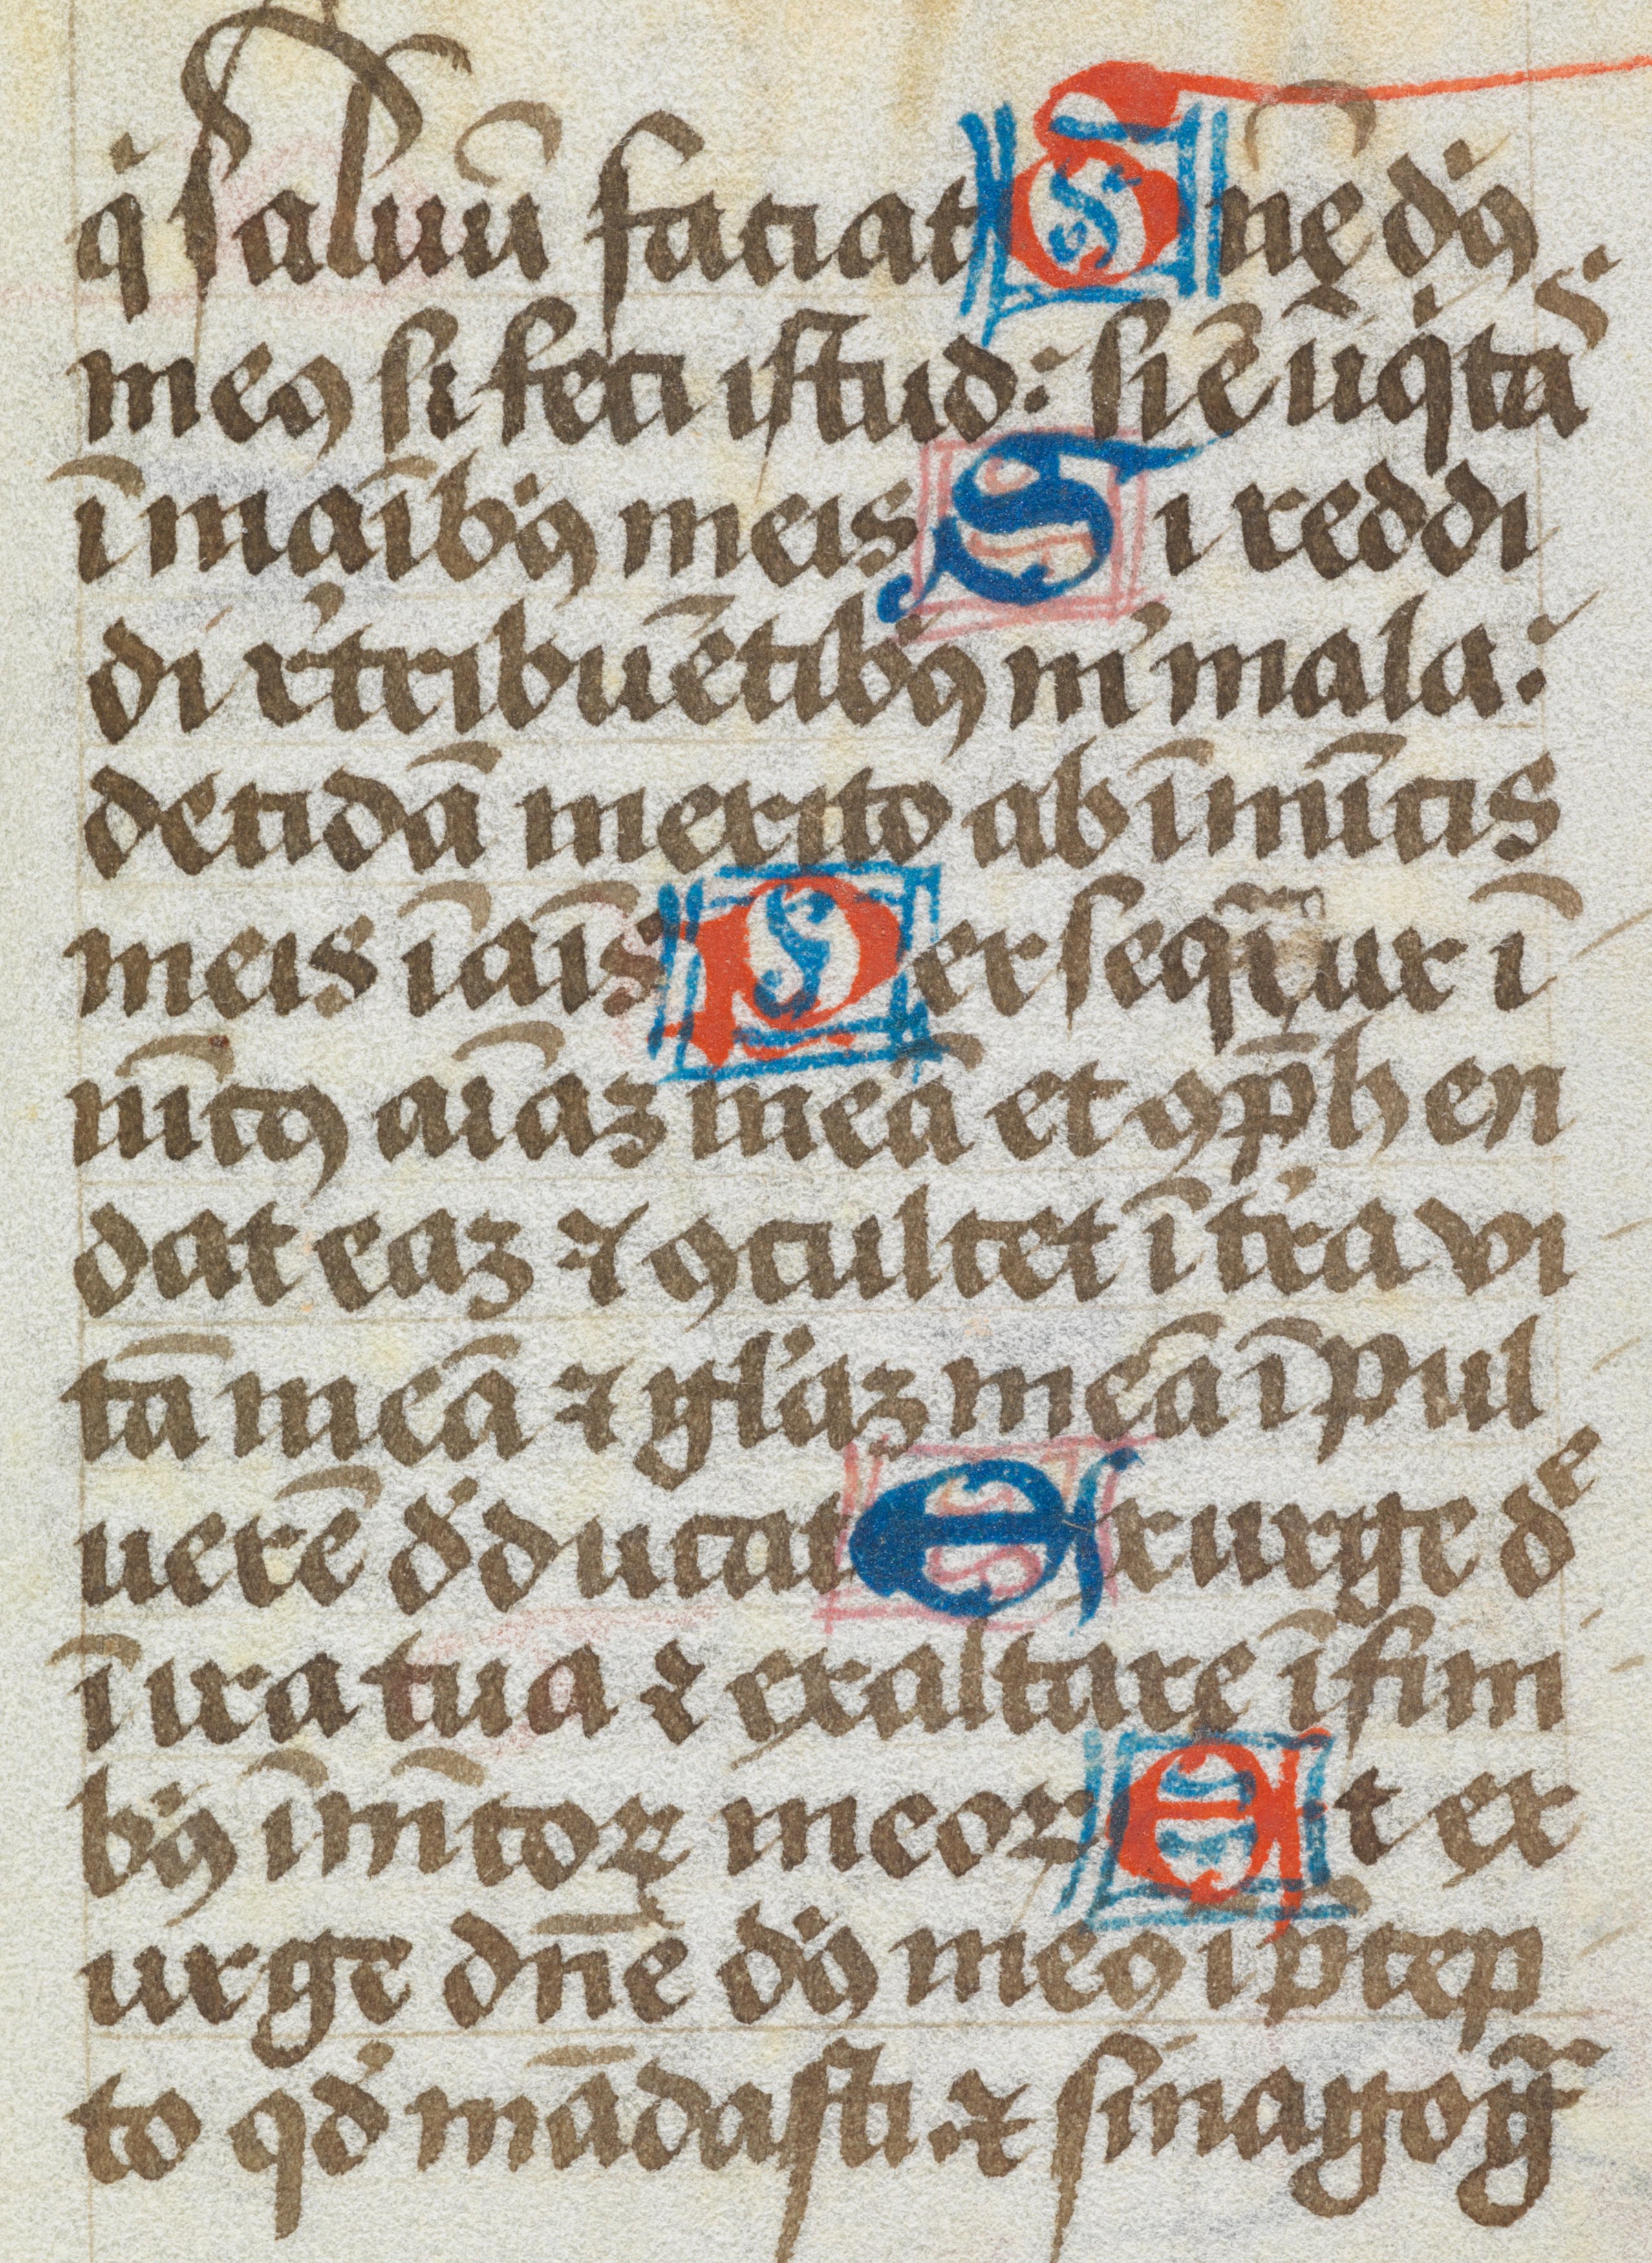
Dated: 1450–1499